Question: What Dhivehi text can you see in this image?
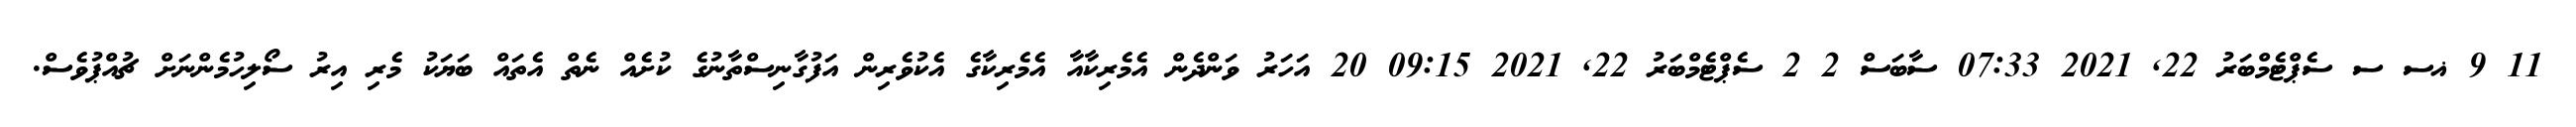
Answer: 11 9 ޣސ ސ ސެޕްޓެމްބަރު 22, 2021 07:33 ސާބަސް 2 2 ސެޕްޓެމްބަރު 22, 2021 09:15 20 އަހަރު ވަންދެން އެމެރިކާއާ އެމެރިކާގެ އެކުވެރިން އަފުގާނިސްތާނުގެ ކުށެއް ނެތް އެތައް ބަޔަކު މެރި އިރު ސޯލިހުމެންނަށް ޗުއްޕުވެސް.